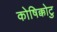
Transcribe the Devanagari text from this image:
कोषिक्कोटु